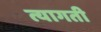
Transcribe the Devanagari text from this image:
त्यागती